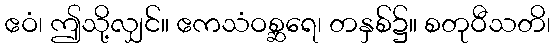
ဧဝံ၊ ဤသို့လျှင်။ ဧကသံဝစ္ဆရေ၊ တနှစ်၌။ စတုဝီသတိ၊